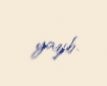
yazıb.